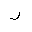
Letter: _ra